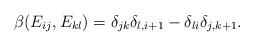
LaTeX: \begin{align*}\beta(E_{ij},E_{kl})=\delta_{jk}\delta_{l,i+1}-\delta_{li}\delta_{j,k+1}.\end{align*}